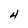
Character: 4